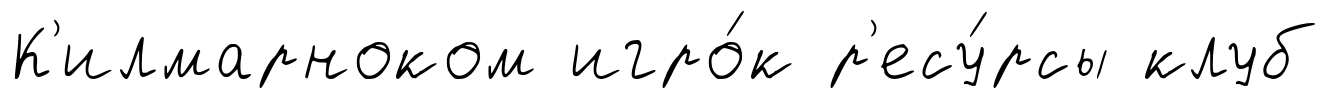
К'илмарноком игро́к р'есу́рсы клуб